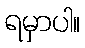
ရမှာပါ။